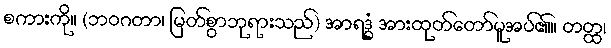
စကားကို။ (ဘဝဂတာ၊ မြတ်စွာဘုရားသည်) အာရဒ္ဓံ အားထုတ်တော်မူအပ်၏။ တတ္ထ၊